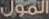
المول